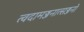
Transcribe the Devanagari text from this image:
त्वदामज्जनात्सज्जनो